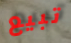
تبيع